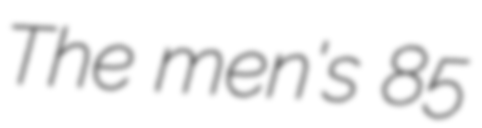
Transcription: The men's 85